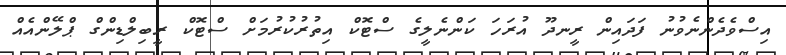
އިސްވެދެންނެވުނު ފަދައިން ރީނދޫ އުރަހަ ކަންނެލީގެ ސްޓޮކް އިތުރުކުރުމަށް ސްޓޮކް ރީބިލްޑިންގް ޕްލޭންއެއް